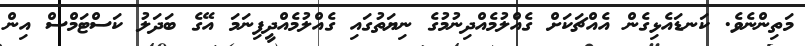
މަތިންނެވެ. ކަނޑައެޅިގެން އެއްޗަކަށް ގެއްލުމެއްދިނުމުގެ ނިޔަތުގައި ގެއްލުމެއްދީފިނަމަ އޭގެ ބަދަލު ކަސްޓަމްސް އިން